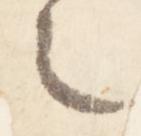
之